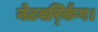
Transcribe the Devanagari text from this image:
नेटवर्र्किंग।